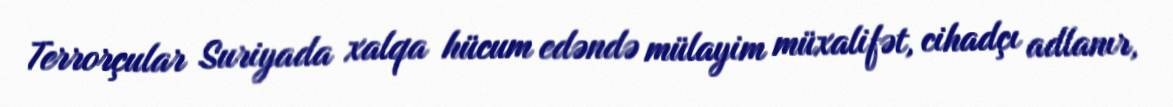
Terrorçular Suriyada xalqa hücum edəndə mülayim müxalifət, cihadçı adlanır,